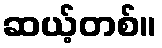
ဆယ့်တစ်။